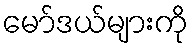
မော်ဒယ်များကို